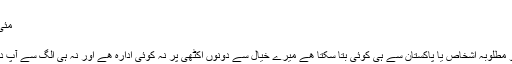
‏فروری 01، 2015 #6
مئی میں، اور کمپیوٹر سائنس ICS پڑھ رہا ہوں
‏فروری 01، 2015 #7
سوفٹویئر انجینئرنگ اور دینی تعلیم پر تو آپکو مطلوبہ اشخاص یا پاکستان سے ہی کوئی بتا سکتا ھے میرے خیال سے دونوں اکٹھی پر نہ کوئی ادارہ ھے اور نہ ہی الگ سے آپ دونوں پر ایک ساتھ علم حاصل کر سکتے ہیں۔